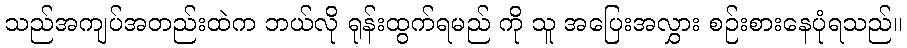
သည်အကျပ်အတည်းထဲက ဘယ်လို ရုန်းထွက်ရမည် ကို သူ အပြေးအလွှား စဉ်းစားနေပုံရသည်။